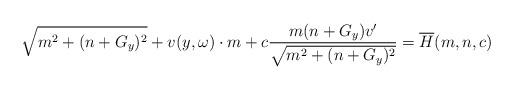
LaTeX: \begin{align*}\sqrt{m^{2}+(n+G_{y})^{2}}+v(y,\omega)\cdot m+c\frac{m(n+G_{y})v'}{\sqrt{m^{2}+(n+G_{y})^{2}}}=\overline{H}(m,n,c)\end{align*}